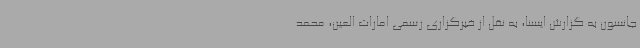
جانسون به گزارش ایسنا، به نقل از خبرگزاری رسمی امارات العین، محمد